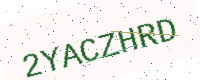
Text: 2YACZHRD